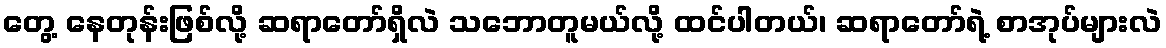
တွေ့ နေတုန်းဖြစ်လို့ ဆရာတော်ရှိလဲ သဘောတူမယ်လို့ ထင်ပါတယ်၊ ဆရာတော်ရဲ့ စာအုပ်များလဲ